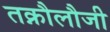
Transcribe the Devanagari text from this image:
तक्नौलौजी